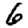
Digit: 6